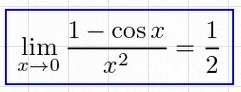
\lim_{x\to0}\frac{1-\cos x}{x^2}=\frac12